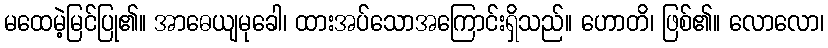
မထေမဲ့မြင်ပြု၏။ အာဓေယျမုခေါ၊ ထားအပ်သောအကြောင်းရှိသည်။ ဟောတိ၊ ဖြစ်၏။ လောလော၊